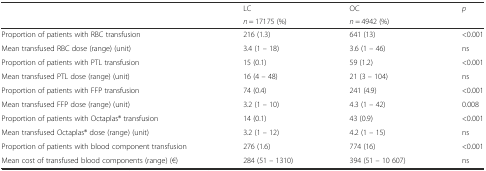
| <ROWSPAN=2>  | LC | OC | <ROWSPAN=2> p |
 | n = 17175 (%) | n = 4942 (%) |
 | --- | --- | --- | --- |
 | Proportion of patients with RBC transfusion | 216 (1.3) | 641 (13) | <0.001 |
 | Mean transfused RBC dose (range) (unit) | 3.4 (1 – 18) | 3.6 (1 – 46) | ns |
 | Proportion of patients with PTL transfusion | 15 (0.1) | 59 (1.2) | <0.001 |
 | Mean transfused PTL dose (range) (unit) | 16 (4 – 48) | 21 (3 – 104) | ns |
 | Proportion of patients with FFP transfusion | 74 (0.4) | 241 (4.9) | <0.001 |
 | Mean transfused FFP dose (range) (unit) | 3.2 (1 – 10) | 4.3 (1 – 42) | 0.008 |
 | Proportion of patients with Octaplas® transfusion | 14 (0.1) | 43 (0.9) | <0.001 |
 | Mean transfused Octaplas® dose (range) (unit) | 3.2 (1 – 12) | 4.2 (1 – 15) | ns |
 | Proportion of patients with blood component transfusion | 276 (1.6) | 774 (16) | <0.001 |
 | Mean cost of transfused blood components (range) (€) | 284 (51 – 1310) | 394 (51 – 10 607) | ns |